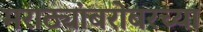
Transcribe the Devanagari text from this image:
मराठ्यांबरोबरच्या